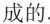
成的。